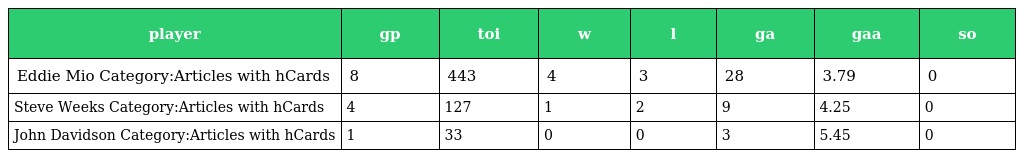
| player | gp | toi | w | l | ga | gaa | so |
 | --- | --- | --- | --- | --- | --- | --- | --- |
 | Eddie Mio Category:Articles with hCards | 8 | 443 | 4 | 3 | 28 | 3.79 | 0 |
 | Steve Weeks Category:Articles with hCards | 4 | 127 | 1 | 2 | 9 | 4.25 | 0 |
 | John Davidson Category:Articles with hCards | 1 | 33 | 0 | 0 | 3 | 5.45 | 0 |